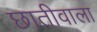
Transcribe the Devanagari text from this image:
छातीवाला